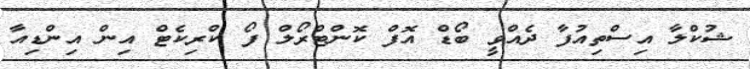
ޝުކްލާ އިސްތިއުފާ ދެއްވީ ބޯޑް އޮފް ކޮންޓްރޯލް ފޯ ކްރިކެޓް އިން އިންޑިއާ